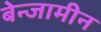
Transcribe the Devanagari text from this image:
बेन्जामीन